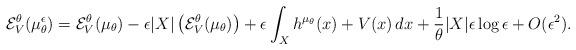
LaTeX: \begin{align*} \mathcal{E}_{V}^{\theta}({\mu}_{\theta}^{\epsilon}) = \mathcal{E}_{V}^{\theta}(\mu_{\theta}) - \epsilon |X| \left( \mathcal{E}_{V}^{\theta}(\mu_{\theta}) \right) + \epsilon \int_{X} h^{\mu_{\theta}} (x) + V(x) \, dx + \frac{1}{\theta}|X| \epsilon \log \epsilon + O(\epsilon^{2}). \end{align*}